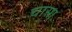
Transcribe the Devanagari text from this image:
चासा